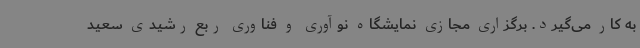
به کار می‌گیرد. برگزاری مجازی نمایشگاه نوآوری و فناوری ربع رشیدی سعید